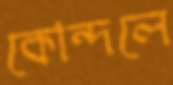
কোন্দলে